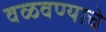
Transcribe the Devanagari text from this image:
वळवण्याचे